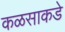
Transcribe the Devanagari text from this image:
कळसाकडे